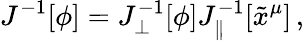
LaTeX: J^{-1}[\phi]=J_{\perp}^{-1}[\phi]J_{\parallel}^{-1}[\tilde{x}^{\mu}]\, ,